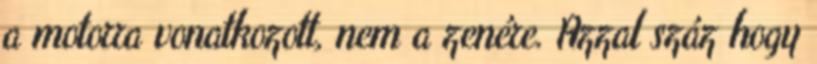
a motorra vonatkozott, nem a zenére. Azzal száz hogy